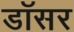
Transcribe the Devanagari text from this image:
डॉसर